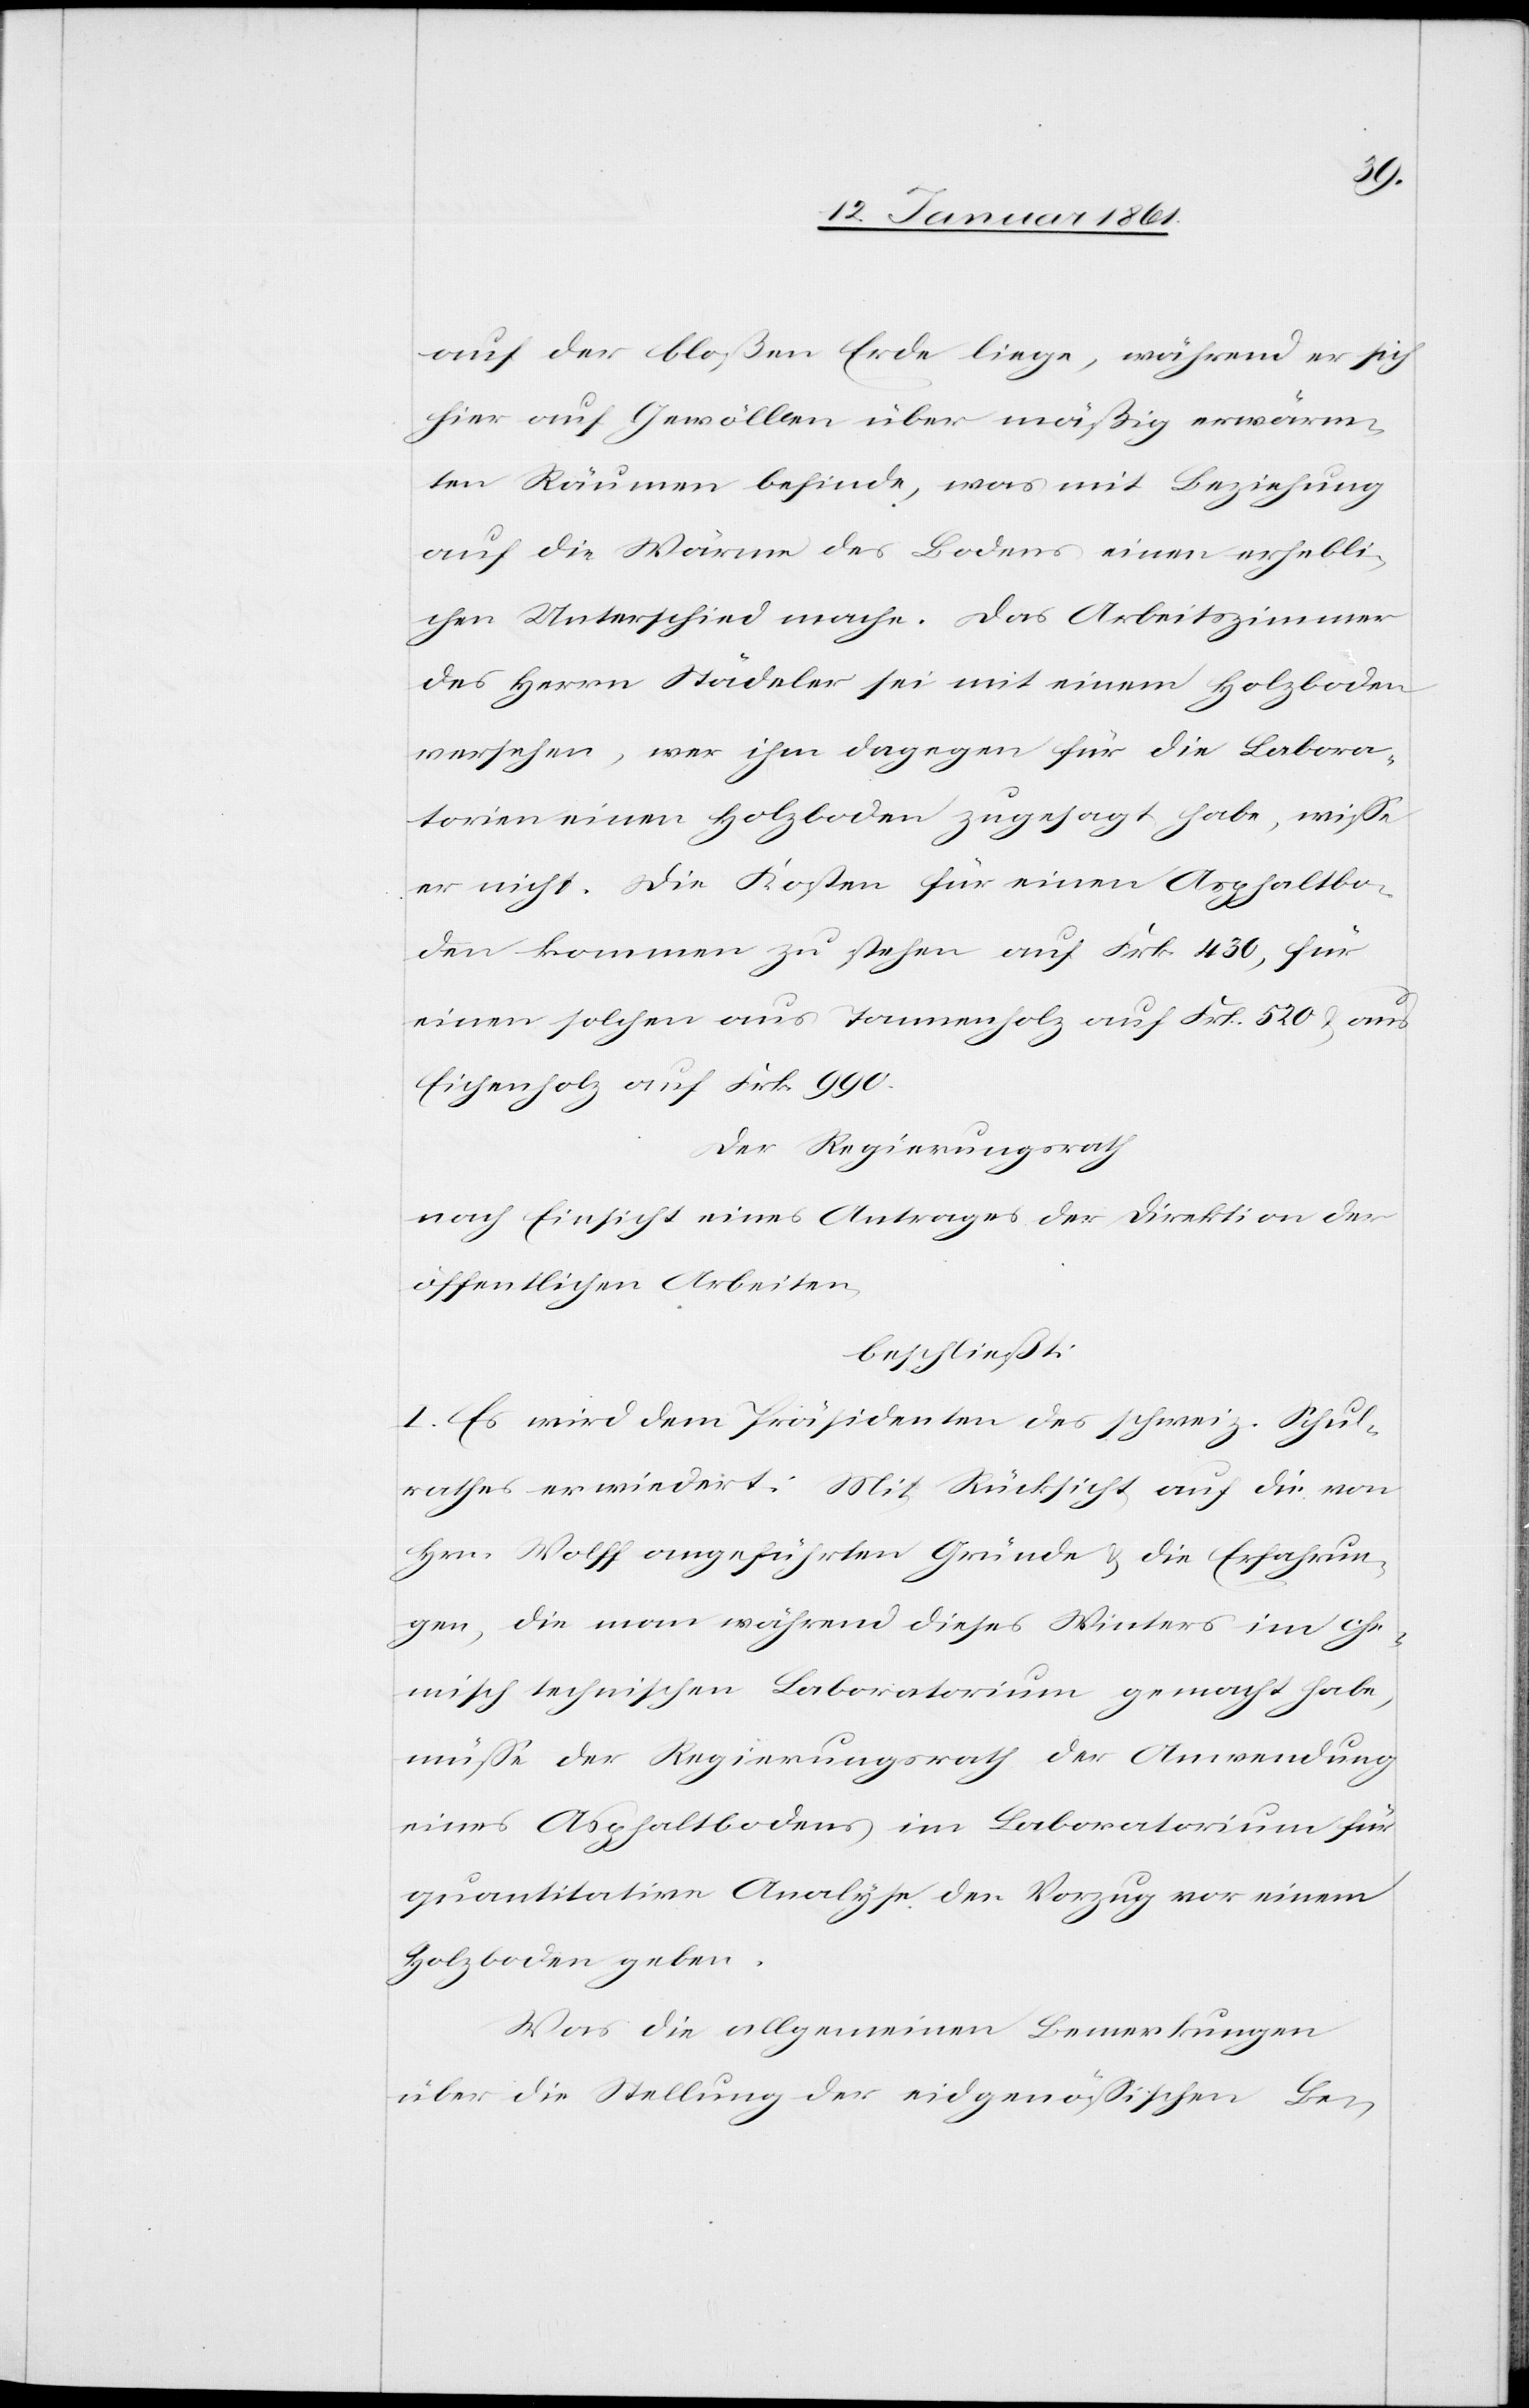
auf der bloßen Erde liege, während er sich
hier auf Gewölben über mäßig erwärm¬
ten Räumen befinde, was mit Beziehung
auf die Wärme des Bodens einen erhebli¬
chen Unterschied mache. Das Arbeitszimmer
des Herrn Städeler sei mit einem Holzboden
versehen, wer ihm dagegen für die Labora¬
torien einen Holzboden zugesagt habe, wisse
er nicht. Die Kosten für einen Asphaltbo¬
den kommen zu stehen auf Frk. 430, für
einen solchen aus Tannenholz auf Frk. 520 u. aus
Eichenholz auf Frk. 990.
Der Regierungsrath
nach Einsicht eines Antrages der Direktion der
öffentlichen Arbeiten,
beschließt:
I. Es wird dem Präsidenten des schweiz. Schul¬
rathes erwiedert: Mit Rücksicht auf die von
Hrn. Wolff angeführten Gründe u. die Erfahrun¬
gen, die man während dieses Winters im che¬
misch technischen Laboratorium gemacht habe,
müsse der Regierungsrath der Anwendung
eines Asphaltbodens im Laboratorium für
quantitative Analyse der Vorzug vor einem
Holzboden geben.
Was die allgemeinen Bemerkungen
über die Stellung der eidgenössischen Be-